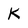
Character: K